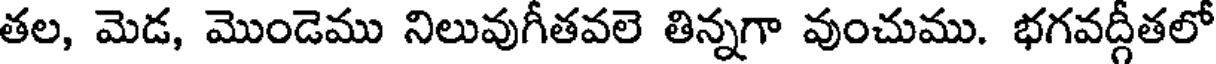
తల, మెడ, మొండెము నిలువుగీతవలె తిన్నగా వుంచుము. భగవద్గీతలో